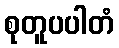
စုတူပပါတံ